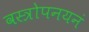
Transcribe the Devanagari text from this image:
वस्त्रोपनयनं